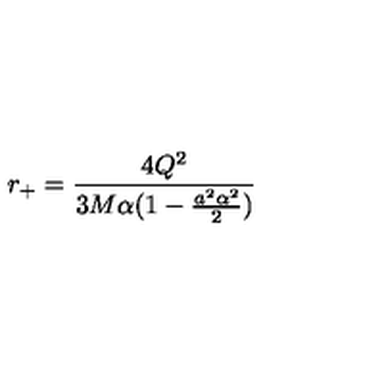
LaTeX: r _ { + } = \frac { 4 Q ^ { 2 } } { 3 M \alpha ( 1 - \frac { a ^ { 2 } \alpha ^ { 2 } } { 2 } ) }